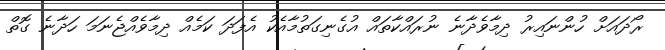
ރޯދައަށް ހުންނައިރު ދިމާވެދާނެ ނުރައްކާތައް އުގެނިގަތުމާއެކު އެފަދަ ކަމެއް ދިމާވެއްޖެނަމަ ހަދާނެ ގޮތް